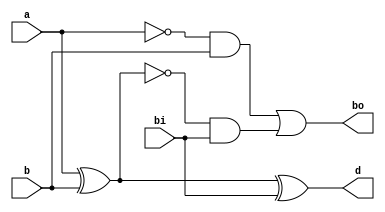
module full_sub_str(output d, bo,input a,b,bi);
// bi is borrow in
// bo is borrow out
// d is difference
wire abar,v1bar,v1,v2,v3;
not g4(abar,a);
not g3(v1bar,v1);
xor g1(v1,a,b);
xor g2(d,v1,bi);
and g5(v2,abar,b);
and g6(v3,v1bar,bi);
or g7(bo,v2,v3);
endmodule

module full_sub_df(output d, bo,input a,b,bi);
assign d=a^b^bi;
assign bo=((~a)&b)|(~(a^b)&bi);
endmodule

module full_sub_b(output reg d, bo,input a,b,bi);
always @(*)
begin
d=a^b^bi;
bo=((~a)&b)|(~(a^b)&bi);
end
endmodule